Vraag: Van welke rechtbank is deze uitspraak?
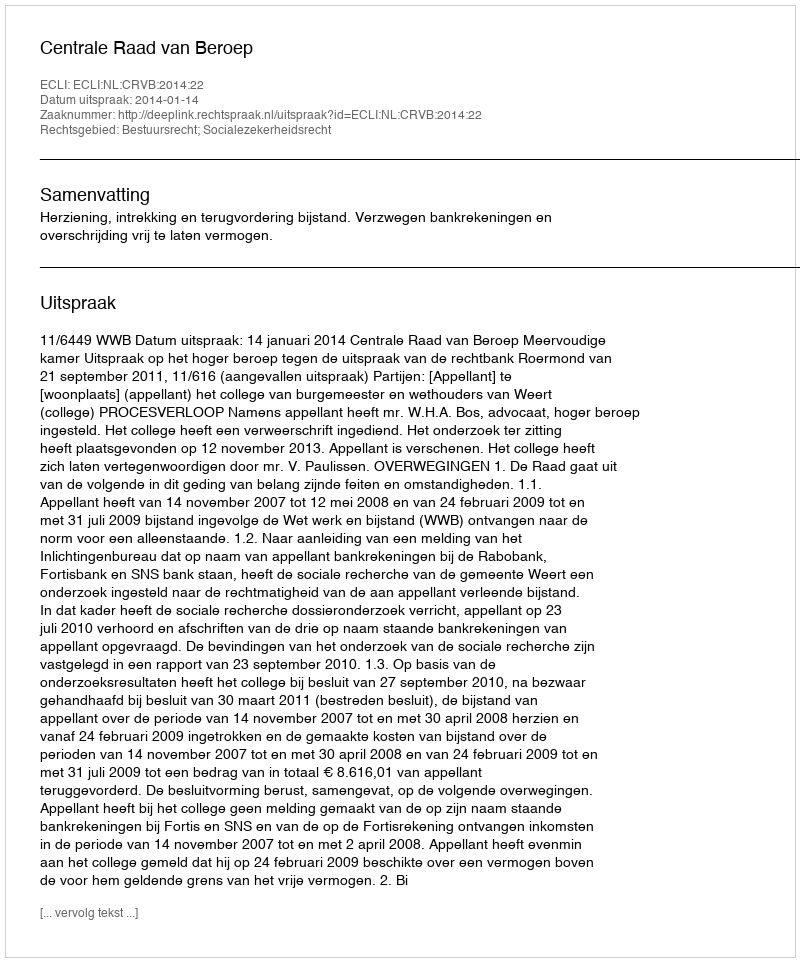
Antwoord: Centrale Raad van Beroep